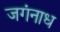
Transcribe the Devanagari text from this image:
जगंनाध